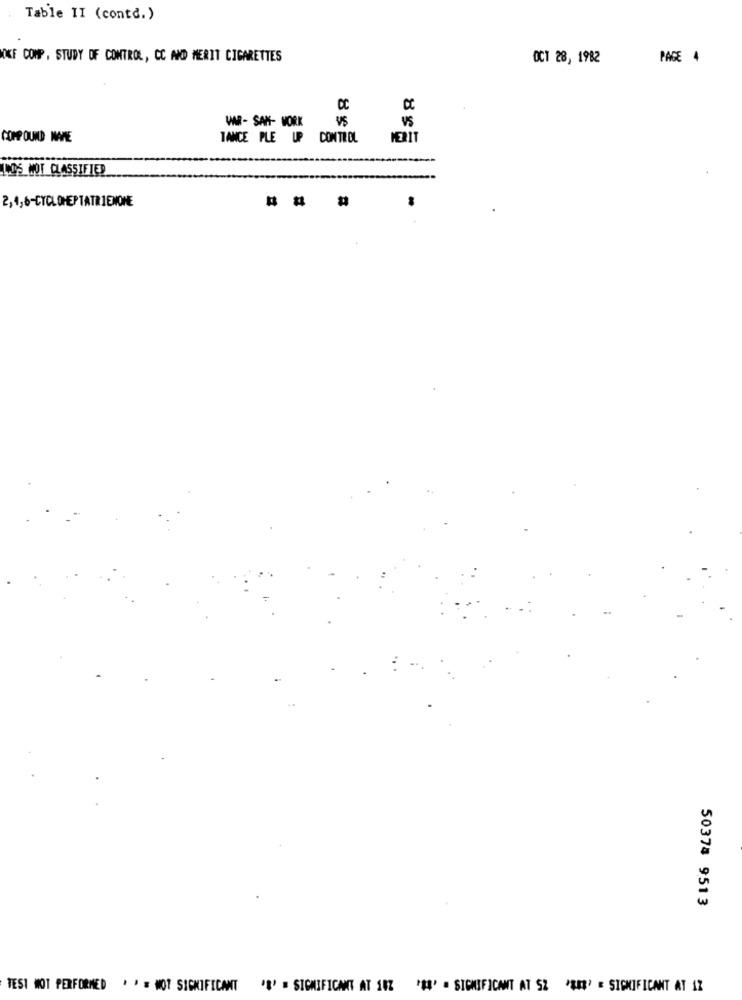
Table II (contd.)
OKF COMP , STUDY OF CONTROL, CC AND MERIT CIGARETTES
OCT 28, 1982
PAGE 4
DC
VAR- SAN- WORK
VS
VS
COMPOUND NAME
TANCE PLE UP
CONTROL
TOS MOT CLASSIFIED
2,4,6-CYCLOHEPTATRIENONE
...
50374 9513
TESI WOOT PERFORMED ' ' = MOT SIGNIFICANT
"#" = SIGNIFICANT AT 107 *#8' = SIGNIFICANT AT SZ 'I' = SIGNIFICANT AT 12